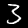
Digit: 3